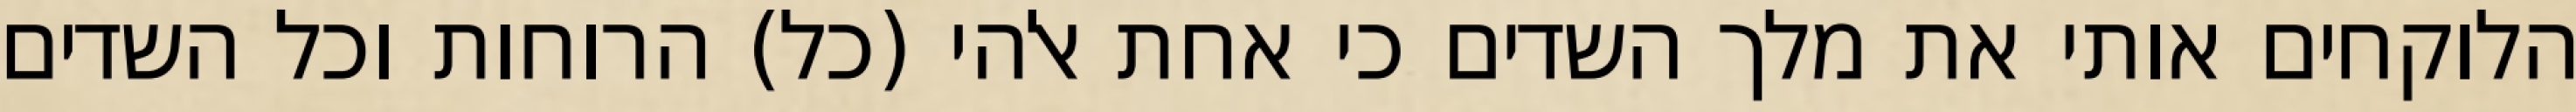
הלוקחים אותי את מלך השדים כי אחת אלהי (כל) הרוחות וכל השדים